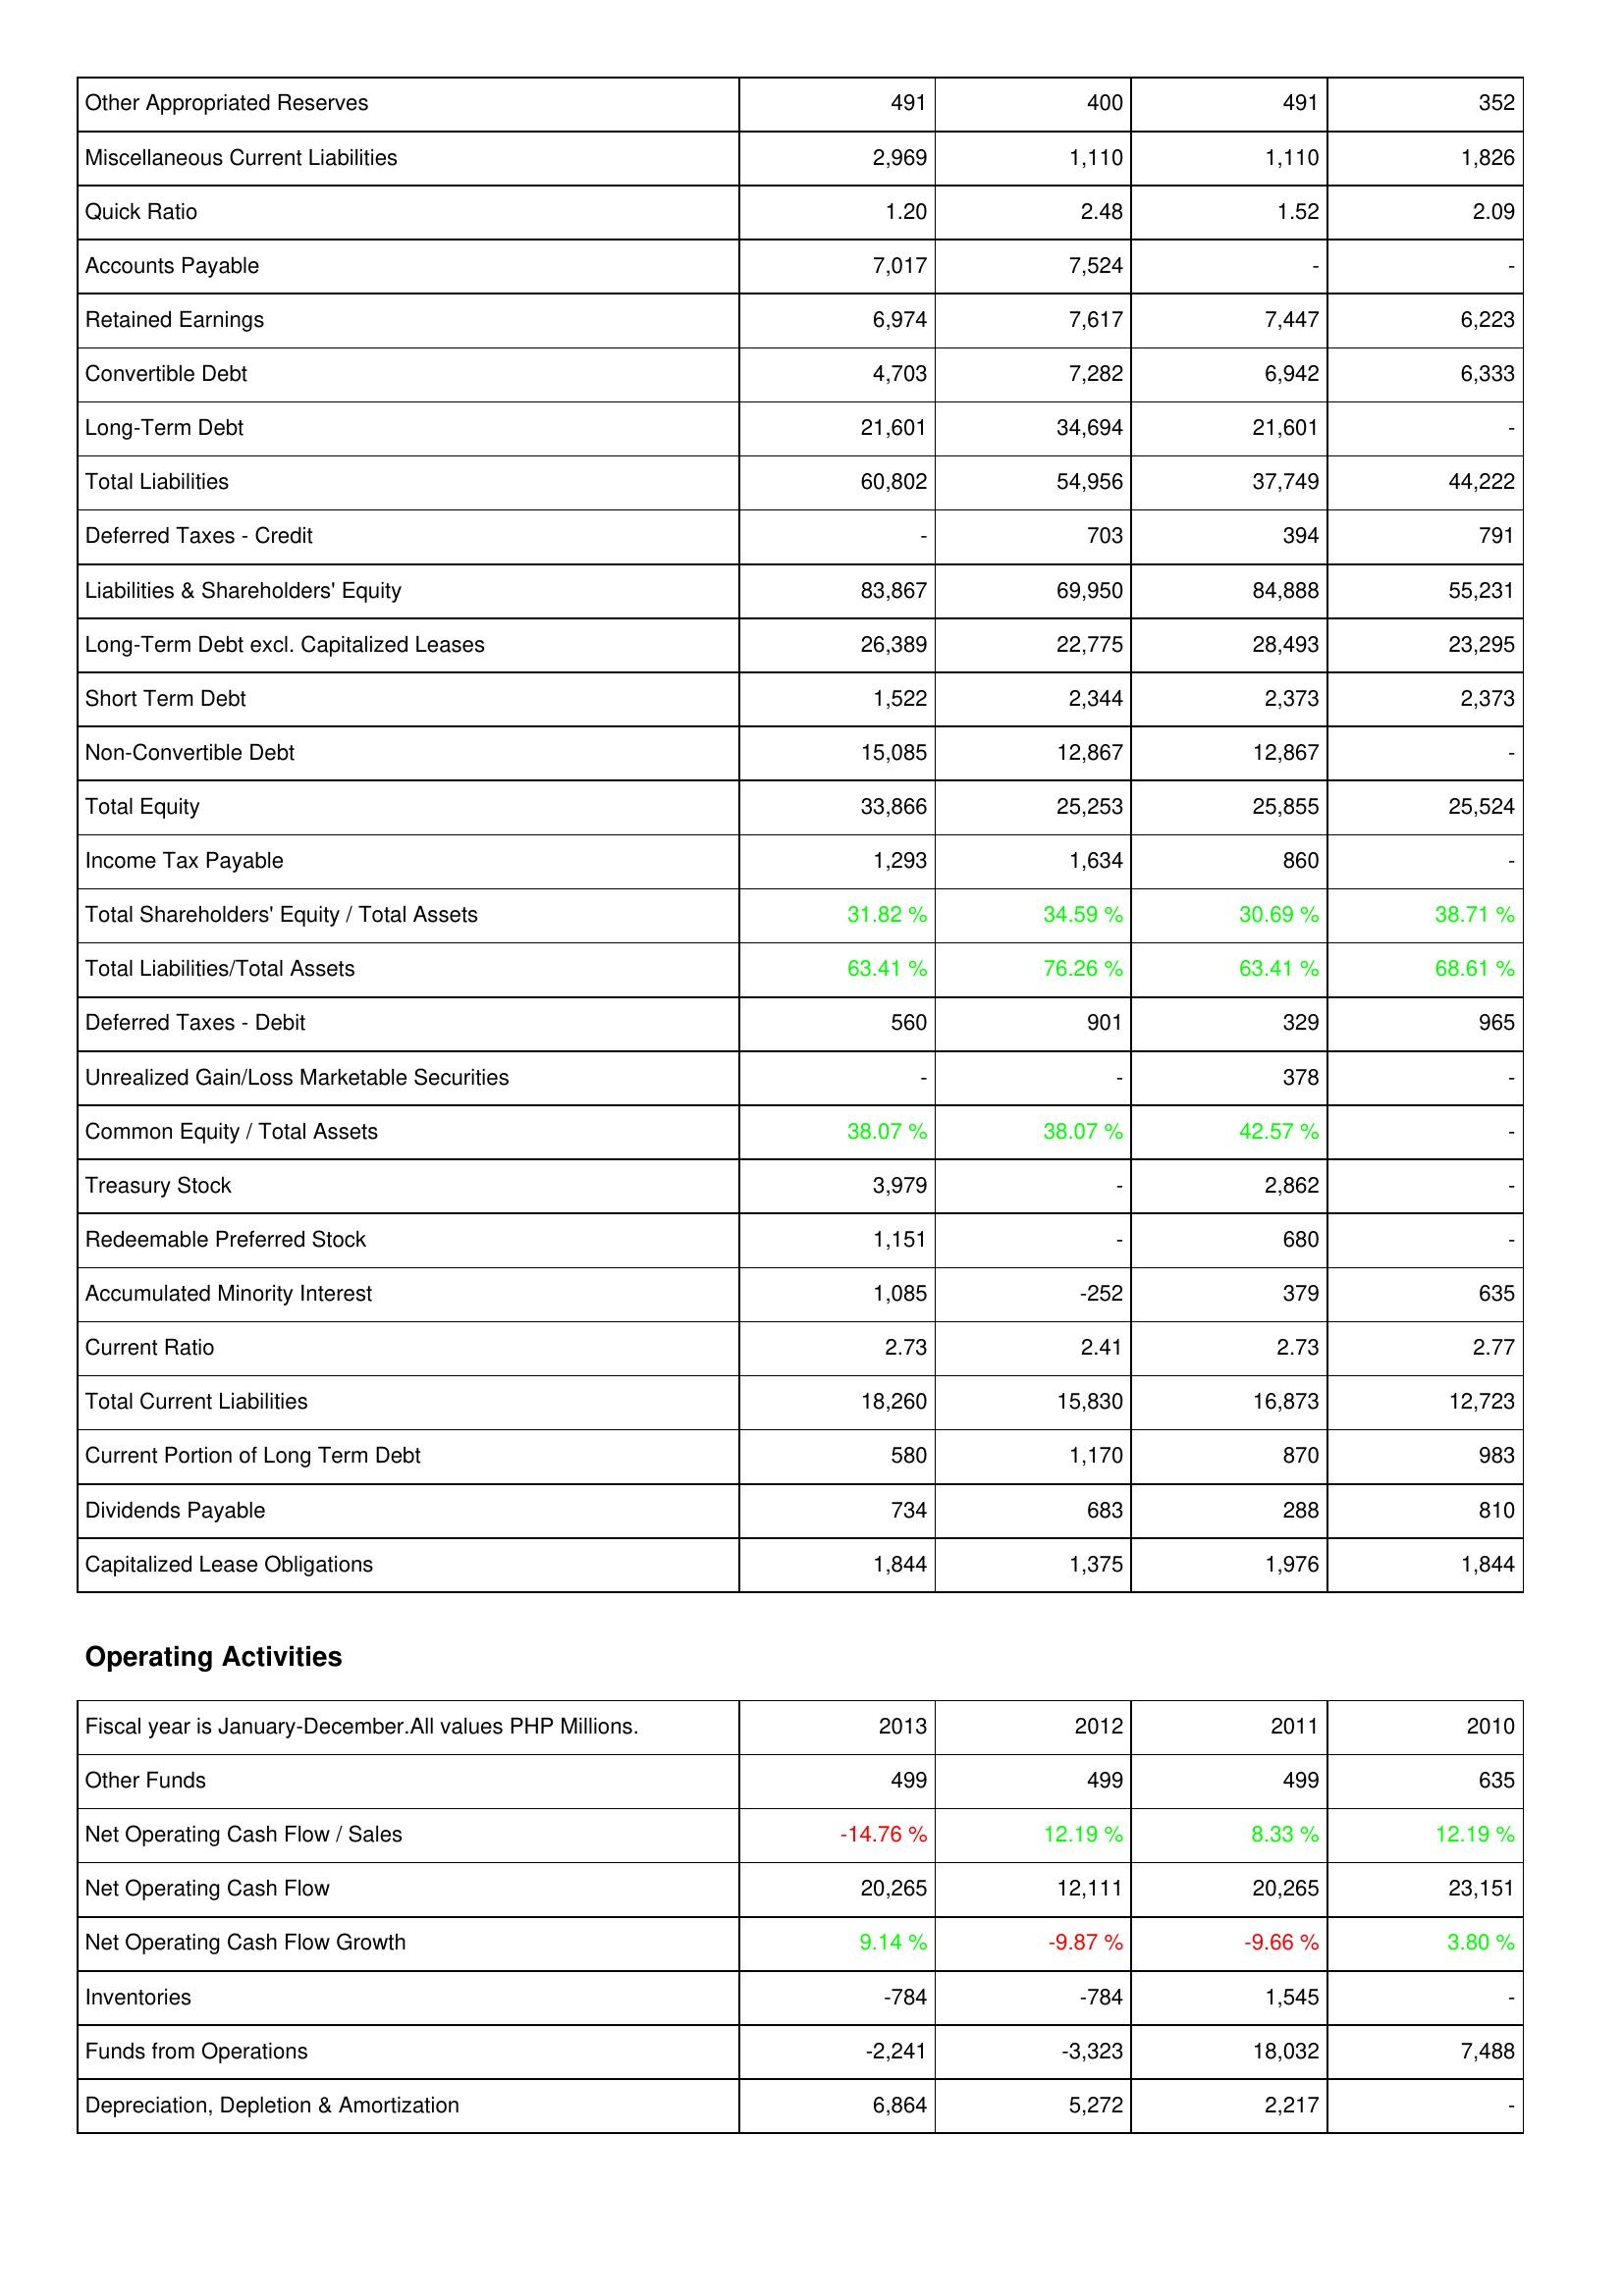
2013: Liabilities & Shareholders' Equity: Other Appropriated Reserves: 491
Miscellaneous Current Liabilities: 2,969
Quick Ratio: 1.20
Accounts Payable: 7,017
Retained Earnings: 6,974
Convertible Debt: 4,703
Long-Term Debt: 21,601
Total Liabilities: 60,802
Deferred Taxes - Credit: -
Liabilities & Shareholders' Equity: 83,867
Long-Term Debt excl. Capitalized Leases: 26,389
Short Term Debt: 1,522
Non-Convertible Debt: 15,085
Total Equity: 33,866
Income Tax Payable: 1,293
Total Shareholders' Equity / Total Assets: 31.82 %
Total Liabilities/Total Assets: 63.41 %
Deferred Taxes - Debit: 560
Unrealized Gain/Loss Marketable Securities: -
Common Equity / Total Assets: 38.07 %
Treasury Stock: 3,979
Redeemable Preferred Stock: 1,151
Accumulated Minority Interest: 1,085
Current Ratio: 2.73
Total Current Liabilities: 18,260
Current Portion of Long Term Debt: 580
Dividends Payable: 734
Capitalized Lease Obligations: 1,844
Operating Activities: Other Funds: 499
Net Operating Cash Flow / Sales: -14.76 %
Net Operating Cash Flow: 20,265
Net Operating Cash Flow Growth: 9.14 %
Inventories: -784
Funds from Operations: -2,241
Depreciation, Depletion & Amortization: 6,864
2012: Liabilities & Shareholders' Equity: Other Appropriated Reserves: 400
Miscellaneous Current Liabilities: 1,110
Quick Ratio: 2.48
Accounts Payable: 7,524
Retained Earnings: 7,617
Convertible Debt: 7,282
Long-Term Debt: 34,694
Total Liabilities: 54,956
Deferred Taxes - Credit: 703
Liabilities & Shareholders' Equity: 69,950
Long-Term Debt excl. Capitalized Leases: 22,775
Short Term Debt: 2,344
Non-Convertible Debt: 12,867
Total Equity: 25,253
Income Tax Payable: 1,634
Total Shareholders' Equity / Total Assets: 34.59 %
Total Liabilities/Total Assets: 76.26 %
Deferred Taxes - Debit: 901
Unrealized Gain/Loss Marketable Securities: -
Common Equity / Total Assets: 38.07 %
Treasury Stock: -
Redeemable Preferred Stock: -
Accumulated Minority Interest: -252
Current Ratio: 2.41
Total Current Liabilities: 15,830
Current Portion of Long Term Debt: 1,170
Dividends Payable: 683
Capitalized Lease Obligations: 1,375
Operating Activities: Other Funds: 499
Net Operating Cash Flow / Sales: 12.19 %
Net Operating Cash Flow: 12,111
Net Operating Cash Flow Growth: -9.87 %
Inventories: -784
Funds from Operations: -3,323
Depreciation, Depletion & Amortization: 5,272
2011: Liabilities & Shareholders' Equity: Other Appropriated Reserves: 491
Miscellaneous Current Liabilities: 1,110
Quick Ratio: 1.52
Accounts Payable: -
Retained Earnings: 7,447
Convertible Debt: 6,942
Long-Term Debt: 21,601
Total Liabilities: 37,749
Deferred Taxes - Credit: 394
Liabilities & Shareholders' Equity: 84,888
Long-Term Debt excl. Capitalized Leases: 28,493
Short Term Debt: 2,373
Non-Convertible Debt: 12,867
Total Equity: 25,855
Income Tax Payable: 860
Total Shareholders' Equity / Total Assets: 30.69 %
Total Liabilities/Total Assets: 63.41 %
Deferred Taxes - Debit: 329
Unrealized Gain/Loss Marketable Securities: 378
Common Equity / Total Assets: 42.57 %
Treasury Stock: 2,862
Redeemable Preferred Stock: 680
Accumulated Minority Interest: 379
Current Ratio: 2.73
Total Current Liabilities: 16,873
Current Portion of Long Term Debt: 870
Dividends Payable: 288
Capitalized Lease Obligations: 1,976
Operating Activities: Other Funds: 499
Net Operating Cash Flow / Sales: 8.33 %
Net Operating Cash Flow: 20,265
Net Operating Cash Flow Growth: -9.66 %
Inventories: 1,545
Funds from Operations: 18,032
Depreciation, Depletion & Amortization: 2,217
2010: Liabilities & Shareholders' Equity: Other Appropriated Reserves: 352
Miscellaneous Current Liabilities: 1,826
Quick Ratio: 2.09
Accounts Payable: -
Retained Earnings: 6,223
Convertible Debt: 6,333
Long-Term Debt: -
Total Liabilities: 44,222
Deferred Taxes - Credit: 791
Liabilities & Shareholders' Equity: 55,231
Long-Term Debt excl. Capitalized Leases: 23,295
Short Term Debt: 2,373
Non-Convertible Debt: -
Total Equity: 25,524
Income Tax Payable: -
Total Shareholders' Equity / Total Assets: 38.71 %
Total Liabilities/Total Assets: 68.61 %
Deferred Taxes - Debit: 965
Unrealized Gain/Loss Marketable Securities: -
Common Equity / Total Assets: -
Treasury Stock: -
Redeemable Preferred Stock: -
Accumulated Minority Interest: 635
Current Ratio: 2.77
Total Current Liabilities: 12,723
Current Portion of Long Term Debt: 983
Dividends Payable: 810
Capitalized Lease Obligations: 1,844
Operating Activities: Other Funds: 635
Net Operating Cash Flow / Sales: 12.19 %
Net Operating Cash Flow: 23,151
Net Operating Cash Flow Growth: 3.80 %
Inventories: -
Funds from Operations: 7,488
Depreciation, Depletion & Amortization: -